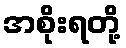
အစိုးရတို့